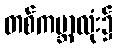
တစ်ကမ္ဘာလုံး၌